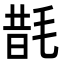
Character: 𭯜